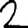
Digit: 2